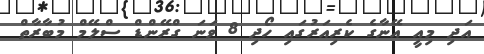
އަދި މިއީ އޭނާގެ ކެރިއަރުގައި ހޯދި 8 ވަނަ ގްރޭންޑް ސްލޭމް މުބާރާތް